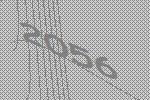
2056